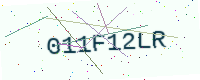
Text: 011F12LR